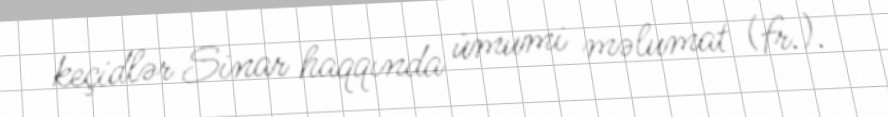
keçidlər Sinar haqqında ümumi məlumat (fr.).